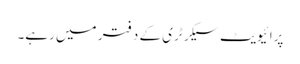
پرائیویٹ سیکرٹری کے دفتر میں رہے۔